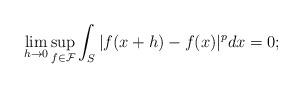
LaTeX: \begin{align*}\lim_{h \to 0} \sup_{f \in \mathcal F} \int_S |f(x +h) - f(x)|^p dx = 0; \end{align*}